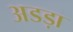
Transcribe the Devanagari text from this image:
अडड़ा